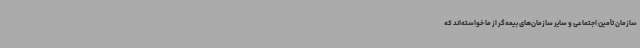
سازمان تأمین اجتماعی و سایر سازمان‌های بیمه‌گر از ما خواسته‌اند که